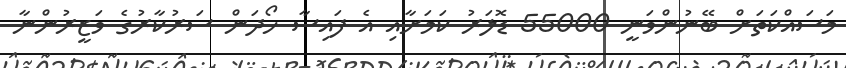
މަސައްކަތަށް ބޭނުންވަނީ 55000 ޑޮލަރު ކަމަށާއި އެ ފައިސާ ހޯދަން ސަރުކާރުގެ ވަޒީރުންނާ